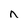
Character: n